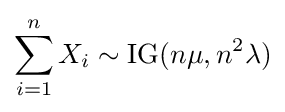
\sum _{i=1}^{n}X_{i}\sim \operatorname {IG} (n\mu ,n^{2}\lambda )